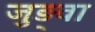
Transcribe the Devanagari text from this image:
जुड़्वा